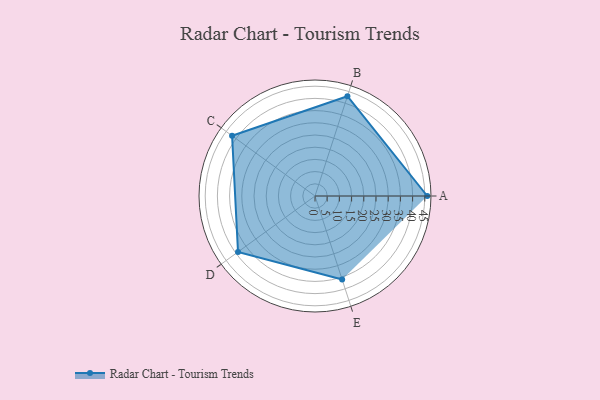
{"axis": {"x": "Skill", "y": "Score"}, "legend": ["Profile"], "data": [{"x": "A", "y": 46.0, "type": "Profile"}, {"x": "B", "y": 43.0, "type": "Profile"}, {"x": "C", "y": 42.0, "type": "Profile"}, {"x": "D", "y": 39.0, "type": "Profile"}, {"x": "E", "y": 36.0, "type": "Profile"}]}